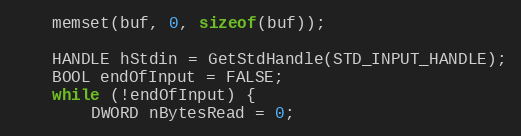
Language: C++
	memset(buf, 0, sizeof(buf));

	HANDLE hStdin = GetStdHandle(STD_INPUT_HANDLE);
	BOOL endOfInput = FALSE;
	while (!endOfInput) {
		DWORD nBytesRead = 0;